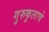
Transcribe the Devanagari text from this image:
गुरुकुलाचे